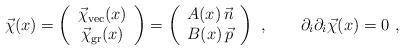
LaTeX: \begin{align*}\vec{\chi}(x) = \left( \begin{array}{c} \vec{\chi}_{\rm vec} (x)\\\vec{\chi}_{\rm gr}(x) \end{array} \right) = \left(\begin{array}{c} A(x) \, \vec{n} \\ B(x) \, \vec{p}\end{array}\right) \ , \qquad \partial_i \partial_i \vec{\chi}(x) =0 \ ,\end{align*}